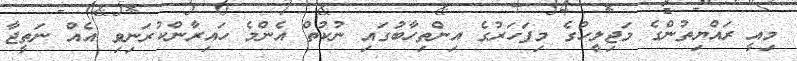
މިއީ ރައްޔިތުންގެ މަޖިލީހުގެ މިފަހަރުގެ އިންތިހާބުގައި ނުކުތް އެންމެ ހައިރާންކުރަނިވި އެއް ނަތީޖާ